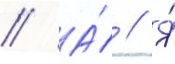
// А́ // Я́